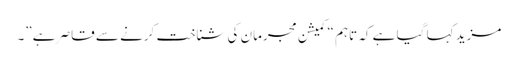
مزید کہا گیا ہے کہ تاہم “کمیشن مجرمان کی شناخت کرنے سے قاصر ہے”۔